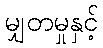
မျှတမှုနှင့်